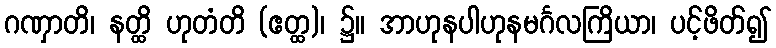
ဂဏှာတိ၊ နတ္ထိ ဟုတံတိ (ဧတ္ထ)၊ ၌။ အာဟုနပါဟုနမင်္ဂလကြိယာ၊ ပင့်ဖိတ်၍